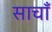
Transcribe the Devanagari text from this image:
साचाँ